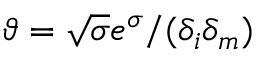
\vartheta = \sqrt { \sigma } e ^ { \sigma } / ( \delta _ { i } \delta _ { m } )